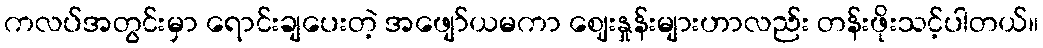
ကလပ်အတွင်းမှာ ရောင်းချပေးတဲ့ အဖျော်ယမကာ ဈေးနှုန်းများဟာလည်း တန်းဖိုးသင့်ပါတယ်။